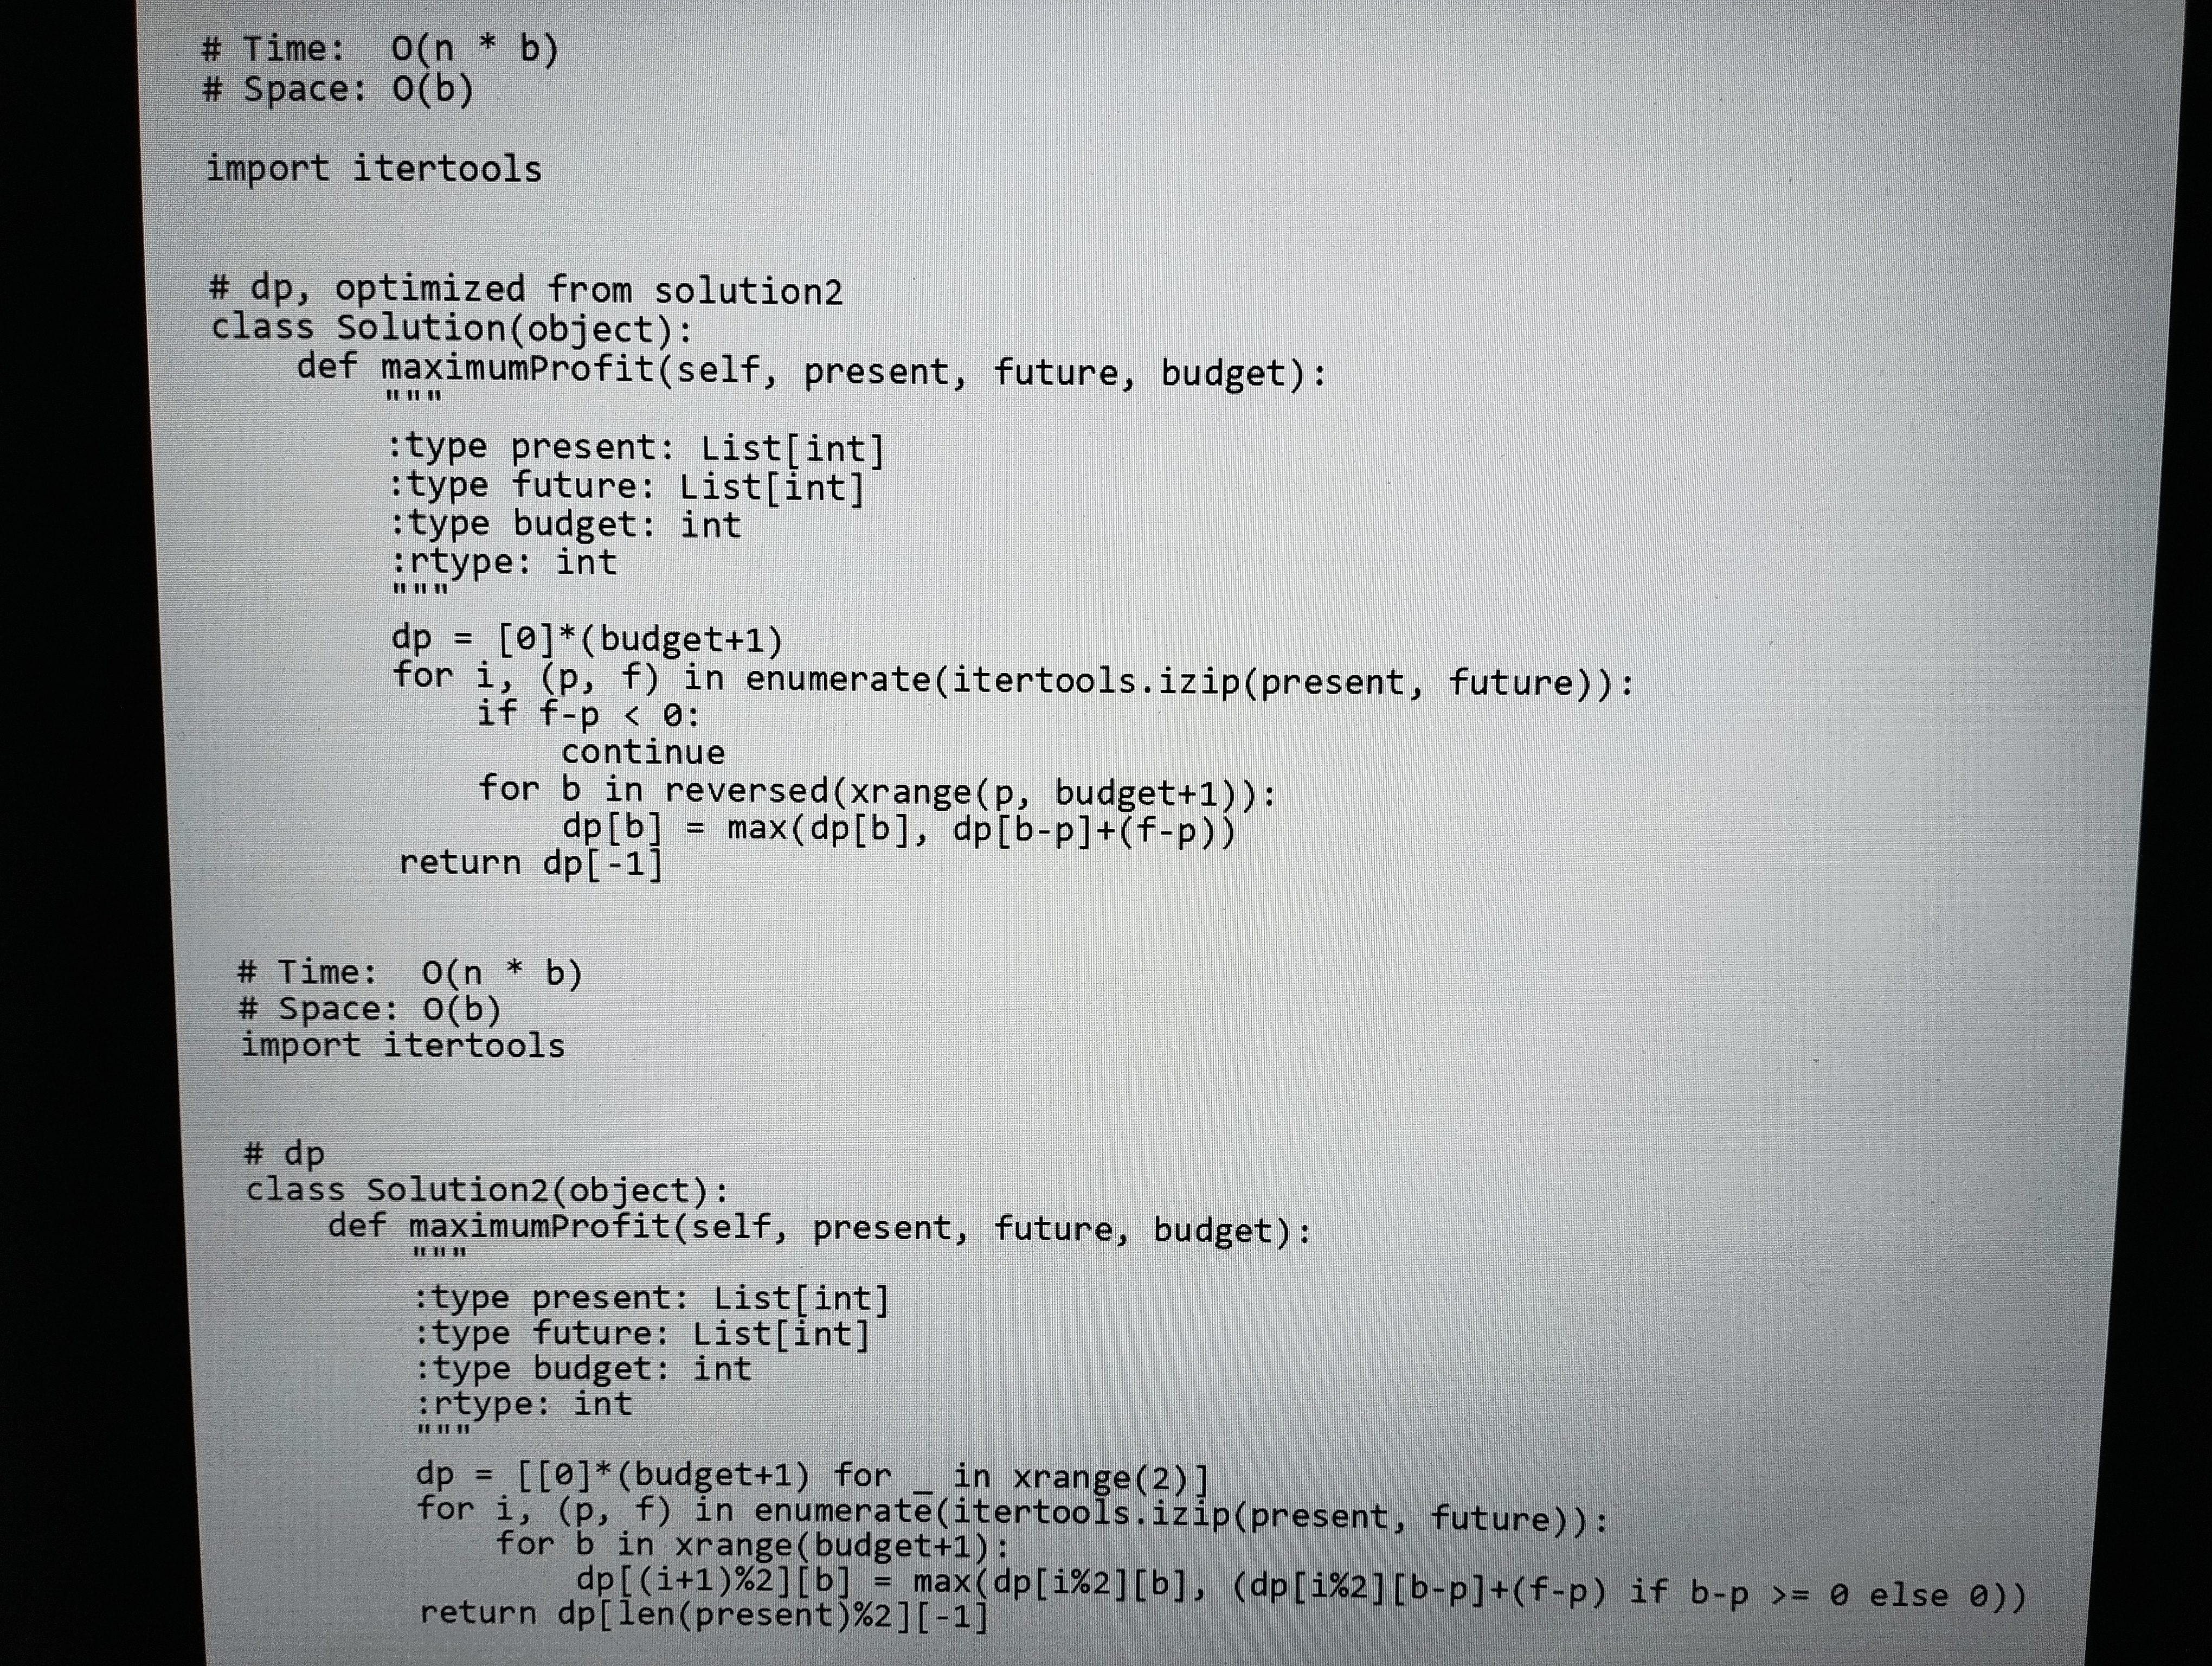
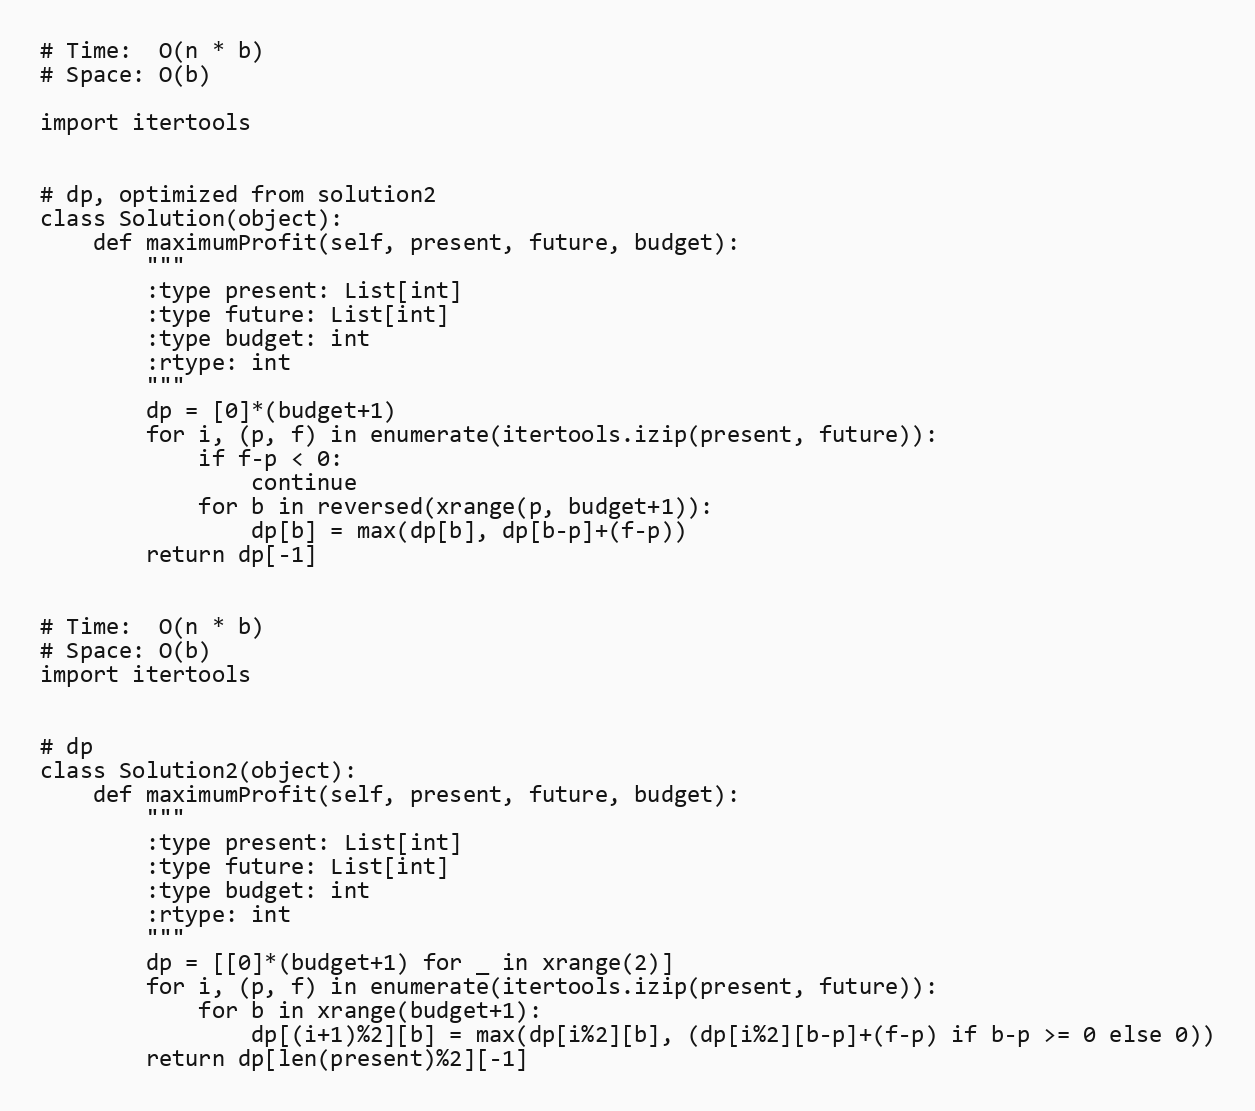
# Time:  O(n * b)
# Space: O(b)

import itertools

# dp, optimized from solution2
class Solution(object):
    def maximumProfit(self, present, future, budget):
        """
        :type present: List[int]
        :type future: List[int]
        :type budget: int
        :rtype: int
        """
        dp = [0]*(budget+1)
        for i, (p, f) in enumerate(itertools.izip(present, future)):
            if f-p < 0:
                continue
            for b in reversed(xrange(p, budget+1)):
                dp[b] = max(dp[b], dp[b-p]+(f-p))
        return dp[-1]

# Time:  O(n * b)
# Space: O(b)
import itertools

# dp
class Solution2(object):
    def maximumProfit(self, present, future, budget):
        """
        :type present: List[int]
        :type future: List[int]
        :type budget: int
        :rtype: int
        """
        dp = [[0]*(budget+1) for _ in xrange(2)]
        for i, (p, f) in enumerate(itertools.izip(present, future)):
            for b in xrange(budget+1):
                dp[(i+1)%2][b] = max(dp[i%2][b], (dp[i%2][b-p]+(f-p) if b-p >= 0 else 0))
        return dp[len(present)%2][-1]